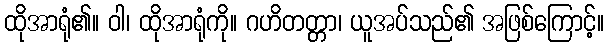
ထိုအာရုံ၏။ ဝါ၊ ထိုအာရုံကို။ ဂဟိတတ္တာ၊ ယူအပ်သည်၏ အဖြစ်ကြောင့်။